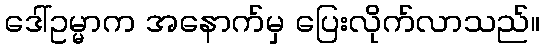
ဒေါ်ဥမ္မာက အနောက်မှ ပြေးလိုက်လာသည်။